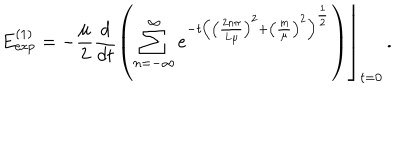
LaTeX: E _ { \exp } ^ { \left( 1 \right) } = \left. - \frac \mu 2 \frac d { d t } \left( \sum _ { n = - \infty } ^ { \infty } e ^ { - t \left( \left( \frac { 2 n \pi } { L \mu } \right) ^ { 2 } + \left( \frac m \mu \right) ^ { 2 } \right) ^ { \frac 1 2 } } \right) \right\rfloor _ { t = 0 } \, .